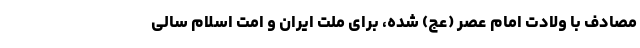
مصادف با ولادت امام عصر (عج) شده، برای ملت ایران و امت اسلام سالی